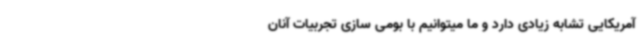
آمریکایی تشابه زیادی دارد و ما میتوانیم با بومی سازی تجربیات آنان